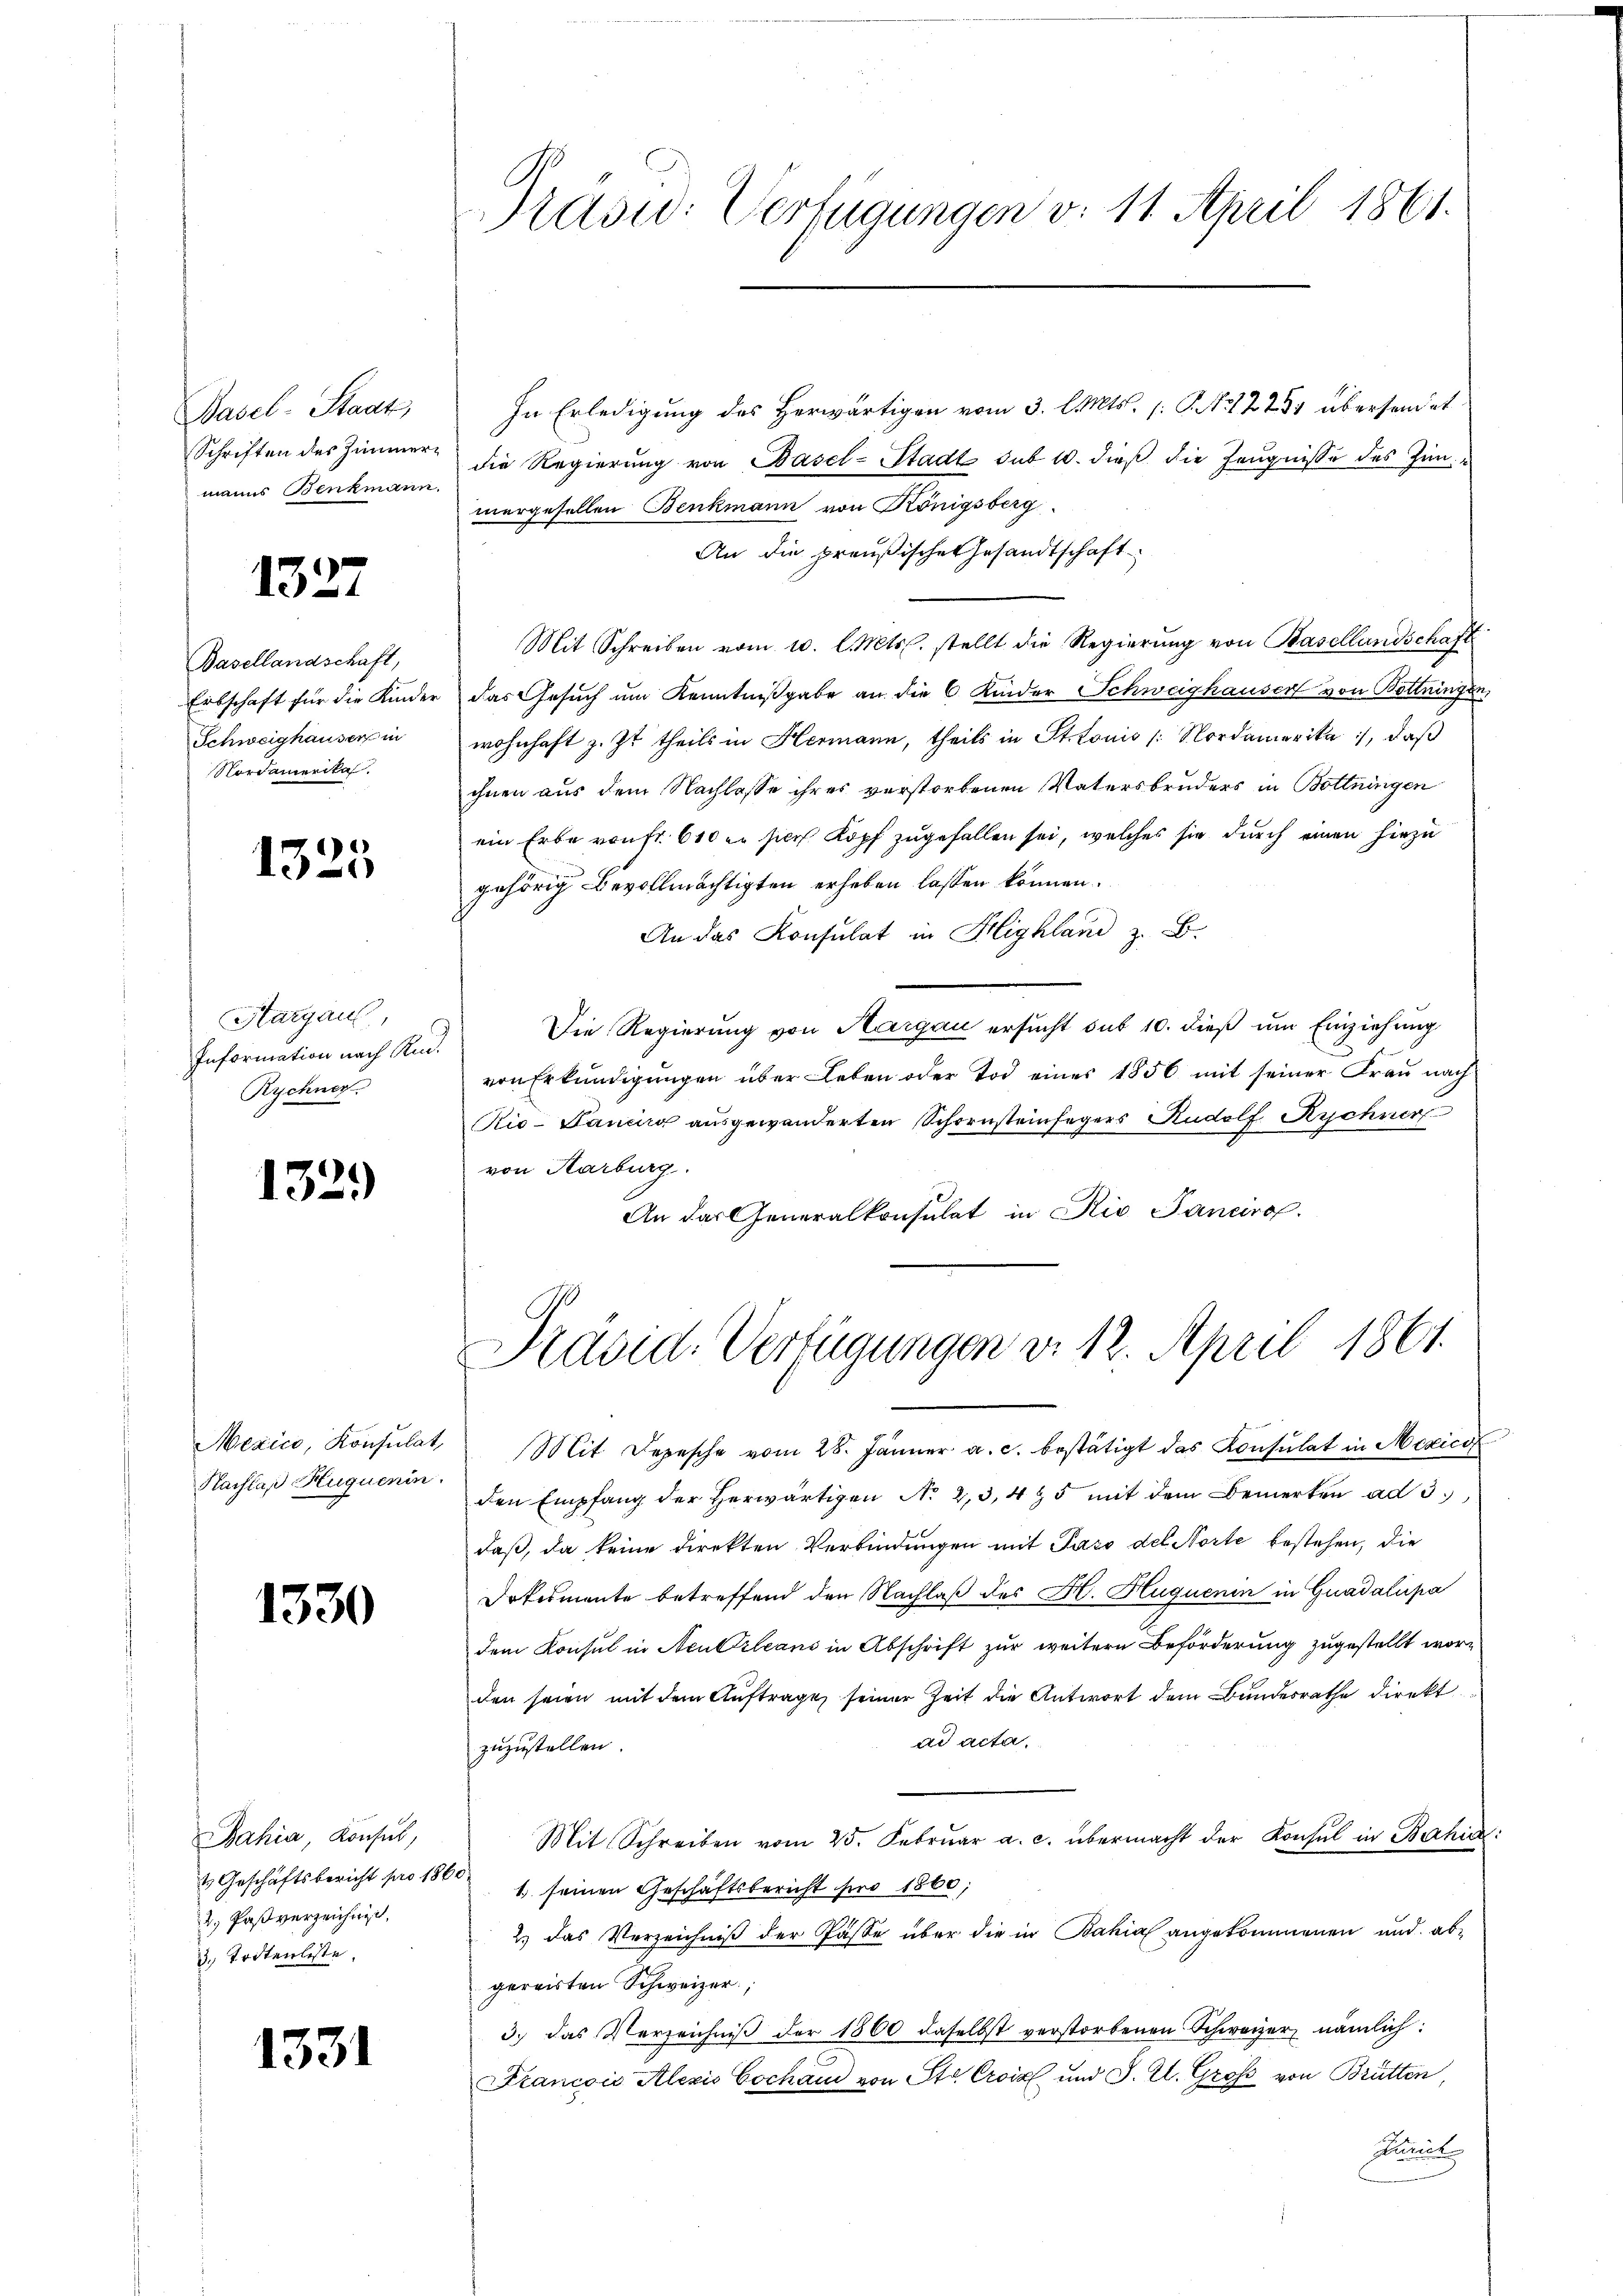
Basel-Staat,
manns Benkmann.

1327

Basellandschaft,
Schweighauser in
Nordamerika.

1325

Hargaus
Information nach Rud.
Rychner

1329)

Mexico, Konsulat,
Nachlaß Huquenin

1330

In Erledigung des Herwärtigen vom 3. l. Mts. (S. 1223 übersendet
Schriften des Zimmer die Regierung von Basel-Stadt sub 10. dieß die Zeugnisse des Zimmergesellen Benkmann von Königsberg.
An die preußische Gesandtschaft
Mit Schreiben vom 10. l. Mts. stellt die Regierung von Basellandschaft
Erbschaft für die Kinder das Gesŭch ŭm Kenntniβgabe an die 6 Kinder Schweighauser von Bottingen,
wohnhaft z. Zt. theils in Hermann, theils in St. Louis /: Nordamerika, daß
ihnen aus dem Nachlasse ihres verstorbenen Vatersbruders in Bottningen
ein Erbe von fr. 600 er sich Kopf zugefallen sei, welches sie durch einen hiezu
gehörig Bevollmächtigten erheben lassen können.
An das Konsulat in Highland z. B.
Die Regierung von Margau ersucht sub 10. dieß um Einziehung
von Erkundigungen über Leben oder Tod einer 1856 mit seiner Frau nach
Rio-Pancore ausgewanderten Schornsteinfegers Rudolf Rechner
von Karburg.
An das Generalkonsulat in Rio Sanciro.

Bahia, Konsul,
& Geschäftsbericht pro 186
2. Paßverzeichnis,
3. Todtenliste.

1331

Kasid: Verfügungen v. 11. April 1861.

Prävid-Verfügungen d. 12. April 1861.

Mit Depesche vom 28. Jänner a. c. bestätigt das Konsulat in Mexico
den Empfang der herwärtigen No 2,3,495 mit dem Bemerken ad 3.
daß, da keine direkten Verbindungen mit Paro del Norte bestehen, die
Dotismente betreffend den Nachlaß des H. Hluquenin in Guadalipa
dem Konsul in Neubtileans in Abschrift zur weitere Beförderung zugestellt worden seien mit dem Auftrage seiner Zeit die Antwort dem Bundesrathe direkt
ad acta.
zuzustellen.
Mit Schreiben vom 25. Febrŭar a. c. übermacht der Konsul in Bahia:
s
1. seinen Geschäftsbericht pro 1860;
2.) Das Verzeichniß der Pässe über die in Bahia angekommenen und abgereisten Schweizer,
3.) Das Verzeichniβ der 1860 daselbst verstorbenen Schweizer nämlich:
Francois Alexis Cochani von St. Croix und J. Zl. Groß von Brütten,
smit